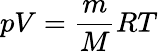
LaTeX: pV={\frac{m}{M}}RT